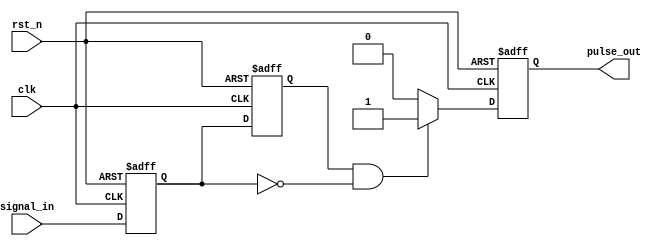
module NegativeEdgeDetector (
    input wire clk,             // Clock input
    input wire rst_n,           // Active low reset
    input wire signal_in,       // Input signal to detect negative edge
    output reg pulse_out        // Output pulse on negative edge detection
);

// Internal registers to hold the current and previous states of the input signal
reg signal_current;
reg signal_previous;

// Always block to capture the current state of the input signal
always @(posedge clk or negedge rst_n) begin
    if (!rst_n) begin
        signal_current <= 1'b0;
        signal_previous <= 1'b0;
    end else begin
        signal_previous <= signal_current; // Store the previous state
        signal_current <= signal_in;       // Capture the current state
    end
end

// Always block for edge detection logic
always @(posedge clk or negedge rst_n) begin
    if (!rst_n) begin
        pulse_out <= 1'b0; // Initialize output pulse
    end else begin
        // Generate pulse on negative edge detection
        if (signal_previous == 1'b1 && signal_current == 1'b0) begin
            pulse_out <= 1'b1; // Set pulse output high
        end else begin
            pulse_out <= 1'b0; // Reset pulse output
        end
    end
end

endmodule